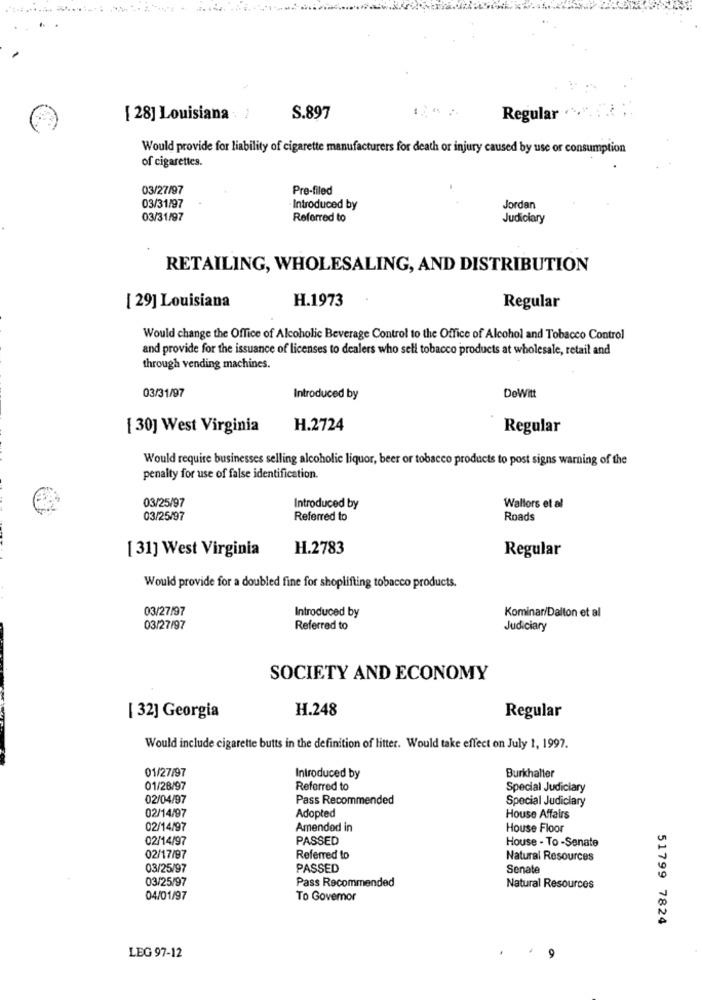
[ 28] Louisiana /
S.897
Regular .","
Would provide for liability of cigarette manufacturers for death or injury caused by use or consumption
of cigarettes.
03/27/97
Pre-filed
03/31/97
- Introduced by
Jordan
03/31/97
Referred to
Judiciary
RETAILING, WHOLESALING, AND DISTRIBUTION
[ 29] Louisiana
H.1973
Regular
Would change the Office of Alcoholic Beverage Control to the Office of Alcohol and Tobacco Control
and provide for the issuance of licenses to dealers who sell tobacco products at wholesale, retail and
through vending machines.
DeWitt
03/31/97
Introduced by
[ 30] West Virginia
H.2724
Regular
Would require businesses selling alcoholic liquor, beer or tobacco products to post signs warning of the
penalty for use of false identification.
03/25/97
Introduced by
Wallors et al
03/25/97
Referred to
Roads
[ 31] West Virginia
H.2783
Regular
Would provide for a doubled fine for shoplifting tobacco products.
03/27/97
Introduced by
Kominar/Dalton et al
03/27/97
Referred to
Judiciary
SOCIETY AND ECONOMY
H.248
[ 32] Georgia
Regular
Would include cigarette butts in the definition of litter. Would take effect on July 1, 1997.
01/27/97
Burkhalter
Introduced by
01/28/97
Referred to
Special Judiciary
02/04/97
Pass Recommended
Special Judiciary
02/14/97
Adopted
House Affairs
02/14/97
Amendod in
House Floor
02/14/97
PASSED
House - To -Senate
02/17/97
Referred to
Natural Resources
03/25/97
PASSED
Senate
03/25/97
Pass Recommended
Natural Resources
04/01/97
To Governor
51799 7824
LEG 97-12
9